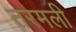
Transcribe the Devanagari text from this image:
तरमली